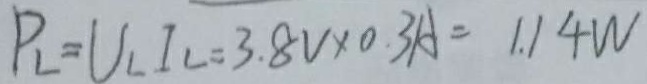
P _ { L } = U _ { L } I _ { L } = 3 . 8 V \times 0 . 3 A = 1 . 1 4 W